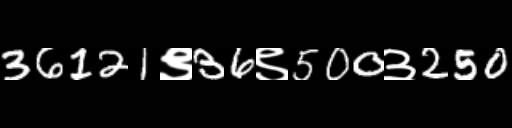
Text: 36121९36९500३250